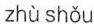
zhù shòu